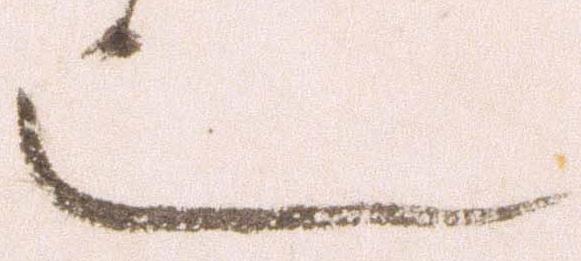
也